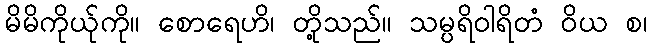
မိမိကိုယ်ုကို။ စောရေဟိ၊ တို့သည်။ သမ္ပရိဝါရိတံ ဝိယ စ၊